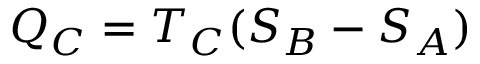
Q _ { C } = T _ { C } ( S _ { B } - S _ { A } )